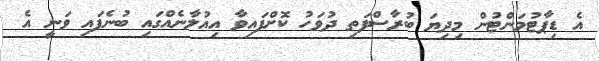
އެ ޑިޕާޓުމަންޓުން މިދިޔަ ބުރާސްފަތި ދުވަހު ކޮށްފައިވާ އިއުލާނެއްގައި ބުނެފައި ވަނީ އެ